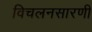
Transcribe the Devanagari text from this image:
विचलनसारणी